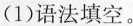
(1)语法填空。